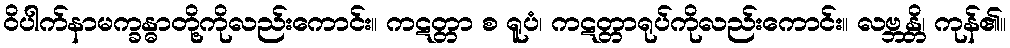
ဝိပါက်နာမက္ခန္ဓာတို့ကိုလည်းကောင်း။ ကဋတ္တာ စ ရူပံ၊ ကဋတ္တာရုပ်ကိုလည်းကောင်း။ လဗ္ဘန္တိ၊ ကုန်၏။